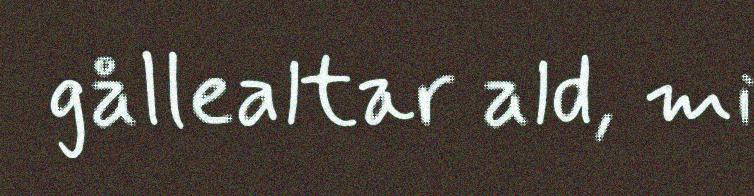
gållealtar ald, mi